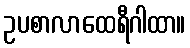
ဥပစာလာထေရီဂါထာ။